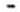
-